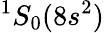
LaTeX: ^1S_{0}(8s^{2})